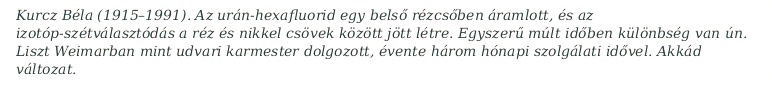
Kurcz Béla (1915–1991). Az urán-hexafluorid egy belső rézcsőben áramlott, és az izotóp-szétválasztódás a réz és nikkel csövek között jött létre. Egyszerű múlt időben különbség van ún. Liszt Weimarban mint udvari karmester dolgozott, évente három hónapi szolgálati idővel. Akkád változat.